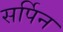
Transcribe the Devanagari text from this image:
सर्पिन